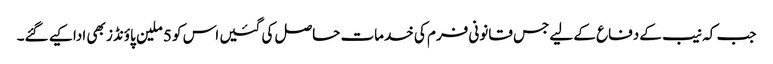
جب کہ نیب کے دفاع کے لیے جس قانونی فرم کی خدمات حاصل کی گئیں اس کو 5 ملین پاؤنڈز بھی ادا کیے گئے۔